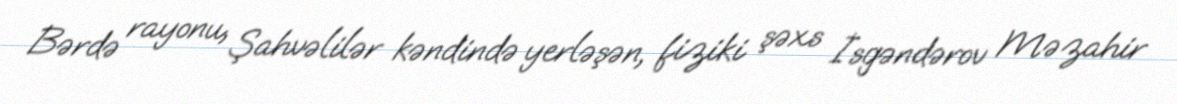
Bərdə rayonu, Şahvəlilər kəndində yerləşən, fiziki şəxs İsgəndərov Məzahir